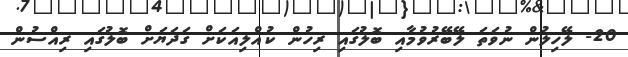
20- ލޭހިލުން ނުވަތަ ލޭބޭރުވުމާއި ބޮލުގައި ރިހުން ކުއްލިއަކަށް ގަދަޔަށް ބޮލުގައި ރިއްސުން